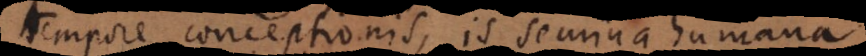
tempore conceptionis, is semina humana